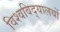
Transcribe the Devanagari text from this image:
विश्‍वविद्‌यालयों